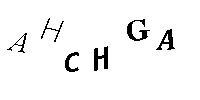
AHCHGA